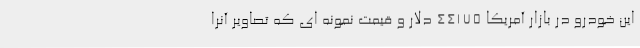
این خودرو در بازار آمریکا 44175 دلار و قیمت نمونه ای که تصاویر آنرا